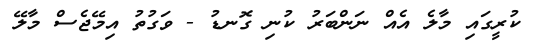
ކުރީގައި މާލެ އެއް ނަންބަރު ކުނި ގޮނޑު - ވަގުތު އިމޭޖެސް މާލޭ